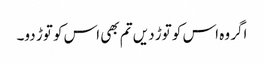
اگر وہ اس کو توڑ دیں تم بھی اس کو توڑ دو۔